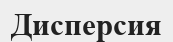
Дисперсия